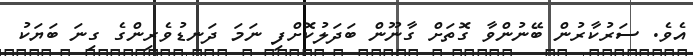
އެވެ. ސަރުކާރުން ބޭނުންވާ ގޮތަށް ގާނޫން ބަދަލުކޮށްފި ނަމަ ދަނޑުވެރިންގެ ގިނަ ބަޔަކު